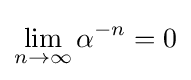
\lim _{n\to \infty }\alpha ^{-n}=0